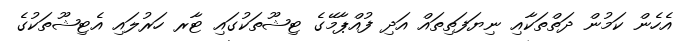
އެހެން ކަމުން ދަތްތަކާއި ނިޔަފަތިތައް އަދި ފުއްޕާމޭގެ ޓިޝޫތަކުގައި ޓާރ ހަރުލައި އެޓިޝޫތަކުގެ